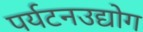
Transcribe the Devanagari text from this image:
पर्यटनउद्योग